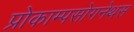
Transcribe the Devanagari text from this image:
प्रोकाम्‍पसोगनेथस